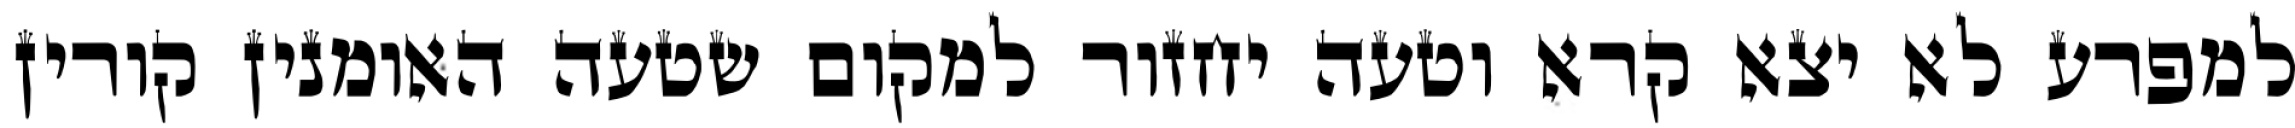
למפרע לא יצא קרא וטעה יחזור למקום שטעה האומנין קורין